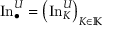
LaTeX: \operatorname { I n } _ { \bullet } ^ { U } = \left( \operatorname { I n } _ { K } ^ { U } \right) _ { K \in \mathbb { K } }